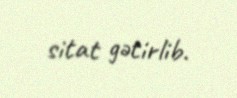
sitat gətirlib.